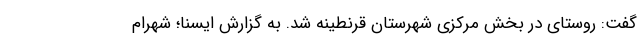
گفت: روستای در بخش مرکزی شهرستان قرنطینه شد. به گزارش ایسنا؛ شهرام